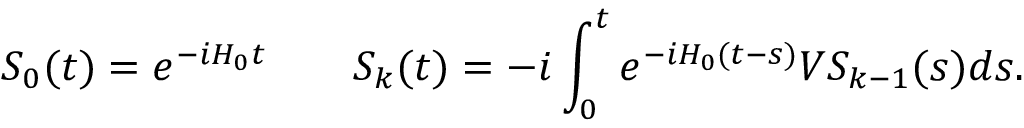
S _ { 0 } ( t ) = e ^ { - i H _ { 0 } t } \qquad S _ { k } ( t ) = - i \int _ { 0 } ^ { t } e ^ { - i H _ { 0 } ( t - s ) } V S _ { k - 1 } ( s ) d s .